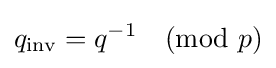
q_{\text{inv}}=q^{-1}{\pmod {p}}